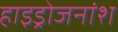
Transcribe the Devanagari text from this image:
हाइड्रोजनांश